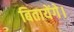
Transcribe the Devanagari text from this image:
बितायेंगे।